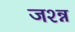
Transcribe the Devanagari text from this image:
जश्न्न